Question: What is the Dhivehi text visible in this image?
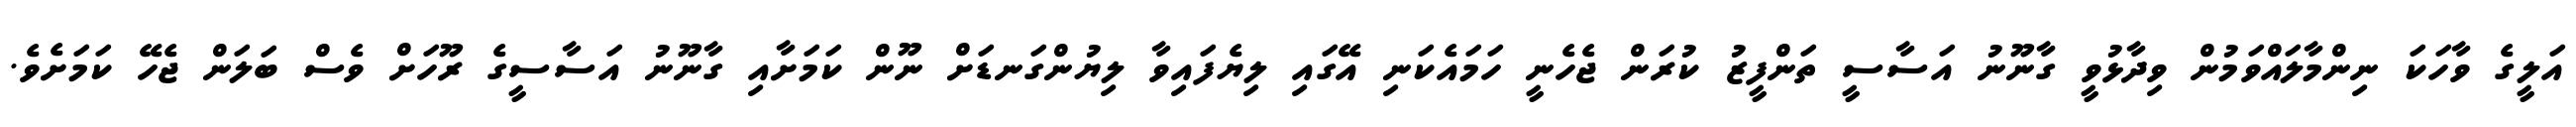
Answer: އަލީގެ ވާހަކަ ނިންމާލައްވަމުން ވިދާޅުވީ ގާނޫނު އަސާސީ ތަންފީޒު ކުރަން ޖެހެނީ ހަމައެކަނި އޭގައި ލިޔެފައިވާ ލިޔުންގަނޑަށް ނޫން ކަމަށާއި ގާނޫނު އަސާސީގެ ރޫހަށް ވެސް ބަލަން ޖެހޭ ކަމަށެވެ.